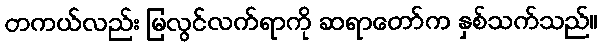
တကယ်လည်း မြလွင်လက်ရာကို ဆရာတော်က နှစ်သက်သည်။